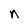
Character: n